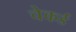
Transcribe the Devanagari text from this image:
चेकर्ड